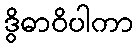
ဒွိဓာဝိပါကာ